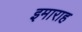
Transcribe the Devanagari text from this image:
इमाराह